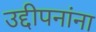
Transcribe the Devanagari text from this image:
उद्दीपनांना